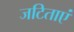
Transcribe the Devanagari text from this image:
जटिताएं